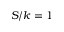
S / k = 1